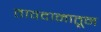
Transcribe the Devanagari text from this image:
तावदानातून